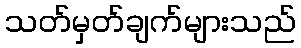
သတ်မှတ်ချက်များသည်